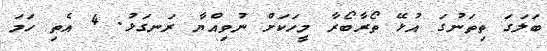
ބަލަގަ ތިތަނުގަ އުޅޭ ތޯރާބޯރާ މީހަކަށް ނުވިއްޔާ ރަނގަޅު. 4 އެތި ހަމަ